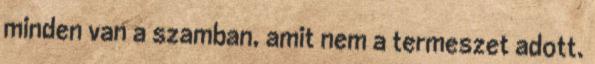
minden van a szamban, amit nem a termeszet adott.